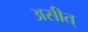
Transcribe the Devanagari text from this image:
असीत्